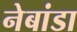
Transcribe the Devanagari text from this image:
नेबांडा